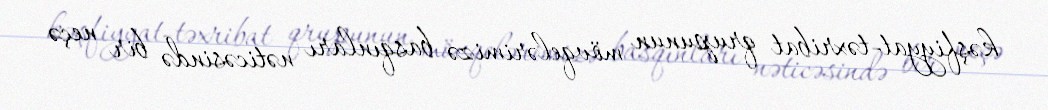
kəşfiyyat-təxribat qrupunun mövqelərimizə basqınları nəticəsində bir neçə